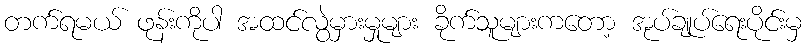
တက်ရမယ် ဖုန်းကိုပါ အထင်လွဲမှားမှုများ ခိုက်သူများကတော့ အုပ်ချုပ်ရေးပိုင်းမှ